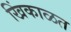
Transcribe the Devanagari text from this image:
खिंकाळत